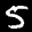
Label: 5